Report of the Indian Hemp Drugs Commission, 1894-1895 - Volume I
Year: 1894
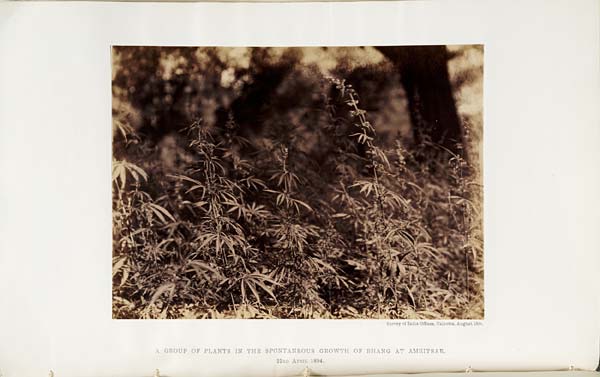
Survey of India Offices, Calcutta, August 1894.
A GROUP OF PLANTS IN THE SPONTANEOUS GROWTH OF BHANG AT AMRITSAR.
23RD
APRIL
1894.